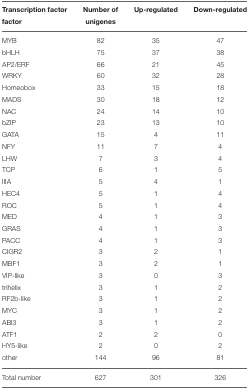
| Transcription factor factor | Number of unigenes | Up-regulated | Down-regulated |
 | --- | --- | --- | --- |
 | MYB | 82 | 35 | 47 |
 | bHLH | 75 | 37 | 38 |
 | AP2/ERF | 66 | 21 | 45 |
 | WRKY | 60 | 32 | 28 |
 | Homeobox | 33 | 15 | 18 |
 | MADS | 30 | 18 | 12 |
 | NAC | 24 | 14 | 10 |
 | bZIP | 23 | 13 | 10 |
 | GATA | 15 | 4 | 11 |
 | NFY | 11 | 7 | 4 |
 | LHW | 7 | 3 | 4 |
 | TCP | 6 | 1 | 5 |
 | IIIA | 5 | 4 | 1 |
 | HEC4 | 5 | 1 | 4 |
 | ROC | 5 | 1 | 4 |
 | MED | 4 | 1 | 3 |
 | GRAS | 4 | 1 | 3 |
 | PACC | 4 | 1 | 3 |
 | CIGR2 | 3 | 2 | 1 |
 | MBF1 | 3 | 2 | 1 |
 | VIP-like | 3 | 0 | 3 |
 | trihelix | 3 | 1 | 2 |
 | RF2b-like | 3 | 1 | 2 |
 | MYC | 3 | 1 | 2 |
 | ABI3 | 3 | 1 | 2 |
 | ATF1 | 2 | 2 | 0 |
 | HY5-like | 2 | 0 | 2 |
 | other | 144 | 96 | 81 |
 | Total number | 627 | 301 | 326 |